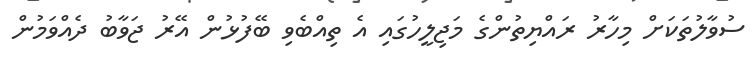
ސުވާލުތަކަށް މިހާރު ރައްޔިތުންގެ މަޖިލީހުގައި އެ ތިއްބެވި ބޭފުޅުން އޭރު ޖަވާބު ދެއްވަމުން